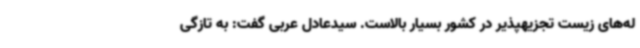
له‌های زیست تجزیهپذیر در کشور بسیار بالاست. سیدعادل عربی گفت: به تازگی